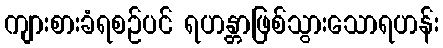
ကျားစားခံရစဉ်ပင် ရဟန္တာဖြစ်သွားသောရဟန်း